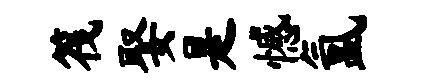
筏娶是憾氲